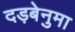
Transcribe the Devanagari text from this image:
दड़बेनुमा